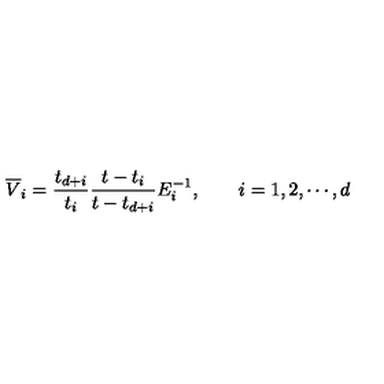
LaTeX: \overline { { V } } _ { i } = { \frac { t _ { d + i } } { t _ { i } } } { \frac { t - t _ { i } } { t - t _ { d + i } } } E _ { i } ^ { - 1 } , \qquad i = 1 , 2 , \cdots , d